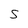
Character: S